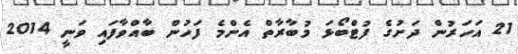
21 އަހަރުން ދަށުގެ ފުޓްބޯޅަ މުބާރާތް އެންމެ ފަހުން ބާއްވާފައި ވަނީ 2014